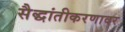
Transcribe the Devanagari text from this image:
सैद्धांतीकरणावर